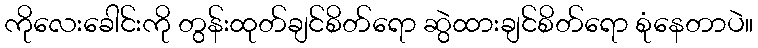
ကိုလေးခေါင်းကို တွန်းထုတ်ချင်စိတ်ရော ဆွဲထားချင်စိတ်ရော စုံနေတာပဲ။